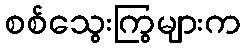
စစ်သွေးကြွများက